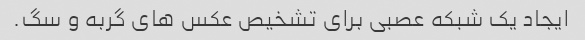
ایجاد یک شبکه عصبی برای تشخیص عکس های گربه و سگ.